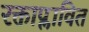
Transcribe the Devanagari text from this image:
रक्ताप्लावित